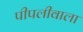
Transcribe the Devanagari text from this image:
पीपलीवाला